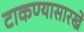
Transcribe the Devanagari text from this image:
टाकण्यासारखे